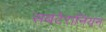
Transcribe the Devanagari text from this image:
सबटेरानियन